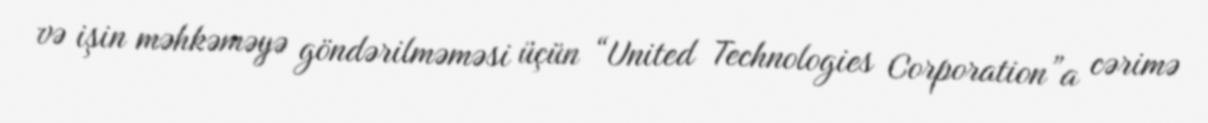
və işin məhkəməyə göndərilməməsi üçün “United Technologies Corporation”a cərimə